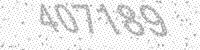
Solution: 407189